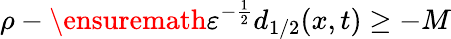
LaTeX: \rho-\ensuremath{\varepsilon}^{-\frac 12}d_{1/2}(x,t)\geq-M